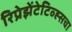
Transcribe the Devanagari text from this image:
रिप्रेझेंटेटिव्ह्सचा